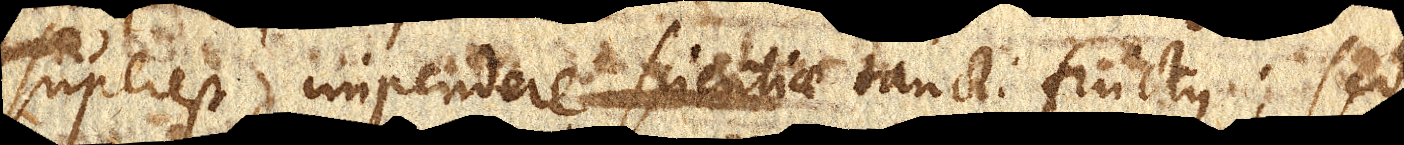
superest, impendere scientiae sancti fructus; sed